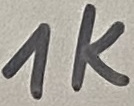
Text: 1KΩ